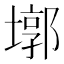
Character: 墎